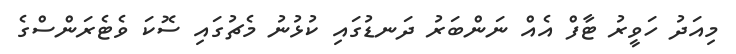
މިއަދު ހަވީރު ޓާފް އެއް ނަންބަރު ދަނޑުގައި ކުޅުނު މެޗުގައި ސޮކަ ވެޓެރަންސްގެ